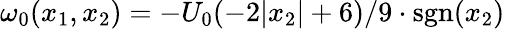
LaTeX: \omega_{0}(x_{1},x_{2})=-U_{0}(-2|x_{2}|+6)/9\cdot\textrm{sgn}(x_{2})